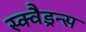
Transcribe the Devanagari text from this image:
स्क्वैड्रन्स